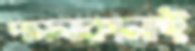
পাগলাকানাই